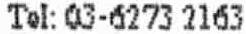
TEL: 03-6273 2163